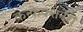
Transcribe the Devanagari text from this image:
कन्फेक्शनेरी